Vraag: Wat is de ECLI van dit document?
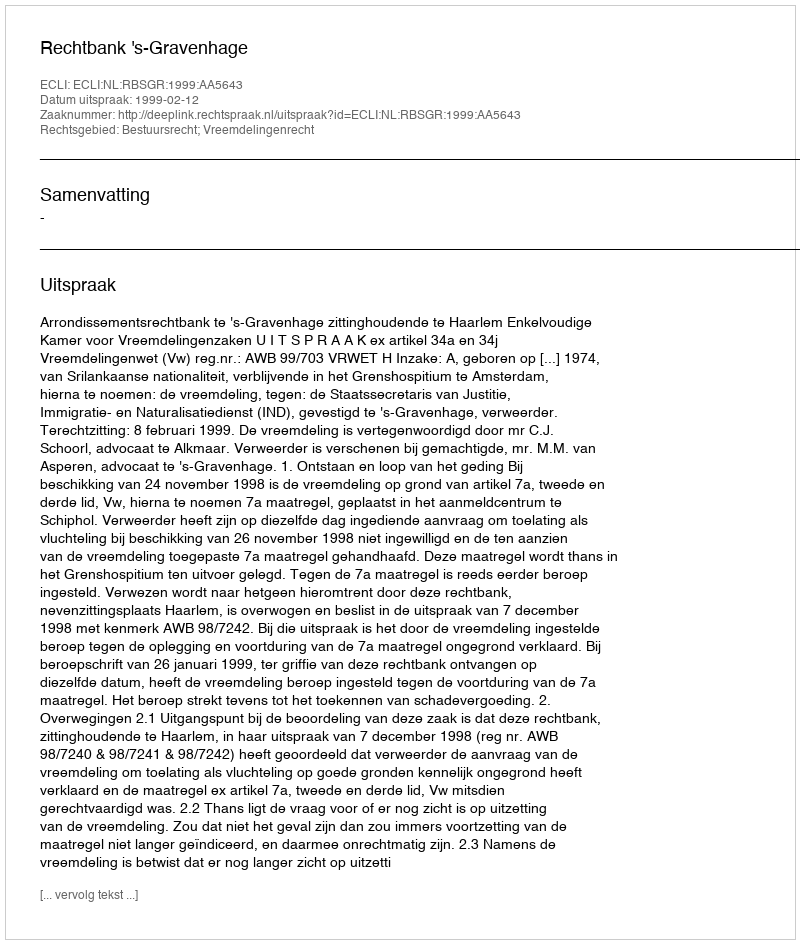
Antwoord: ECLI:NL:RBSGR:1999:AA5643